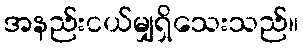
အနည်းငယ်မျှရှိသေးသည်။